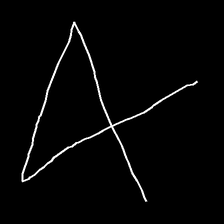
Glyph: collection